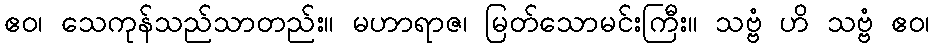
ဧဝ၊ သေကုန်သည်သာတည်း။ မဟာရာဇ၊ မြတ်သောမင်းကြီး။ သဗ္ဗံ ဟိ သဗ္ဗံ ဧဝ၊